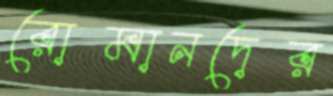
রোমানদের